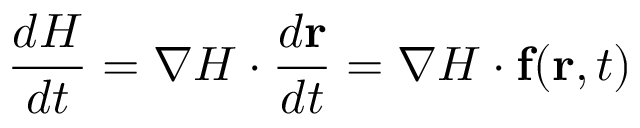
{ \frac { d H } { d t } } = \nabla H \cdot { \frac { d \mathbf { r } } { d t } } = \nabla H \cdot \mathbf { f } ( \mathbf { r } , t )